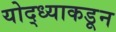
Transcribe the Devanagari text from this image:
योद्ध्याकडून